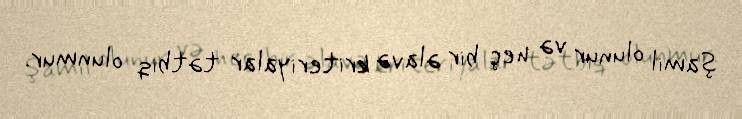
şamil olunur və heç bir əlavə kriteriyalar tətbiq olunmur.